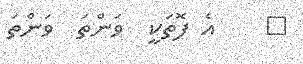
٥    އެ ފޮތަކީ  ވަންތަ  ވަންތަ